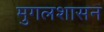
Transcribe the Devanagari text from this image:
मुगलशासन